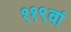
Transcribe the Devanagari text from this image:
११९वां